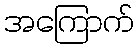
အကြောက်